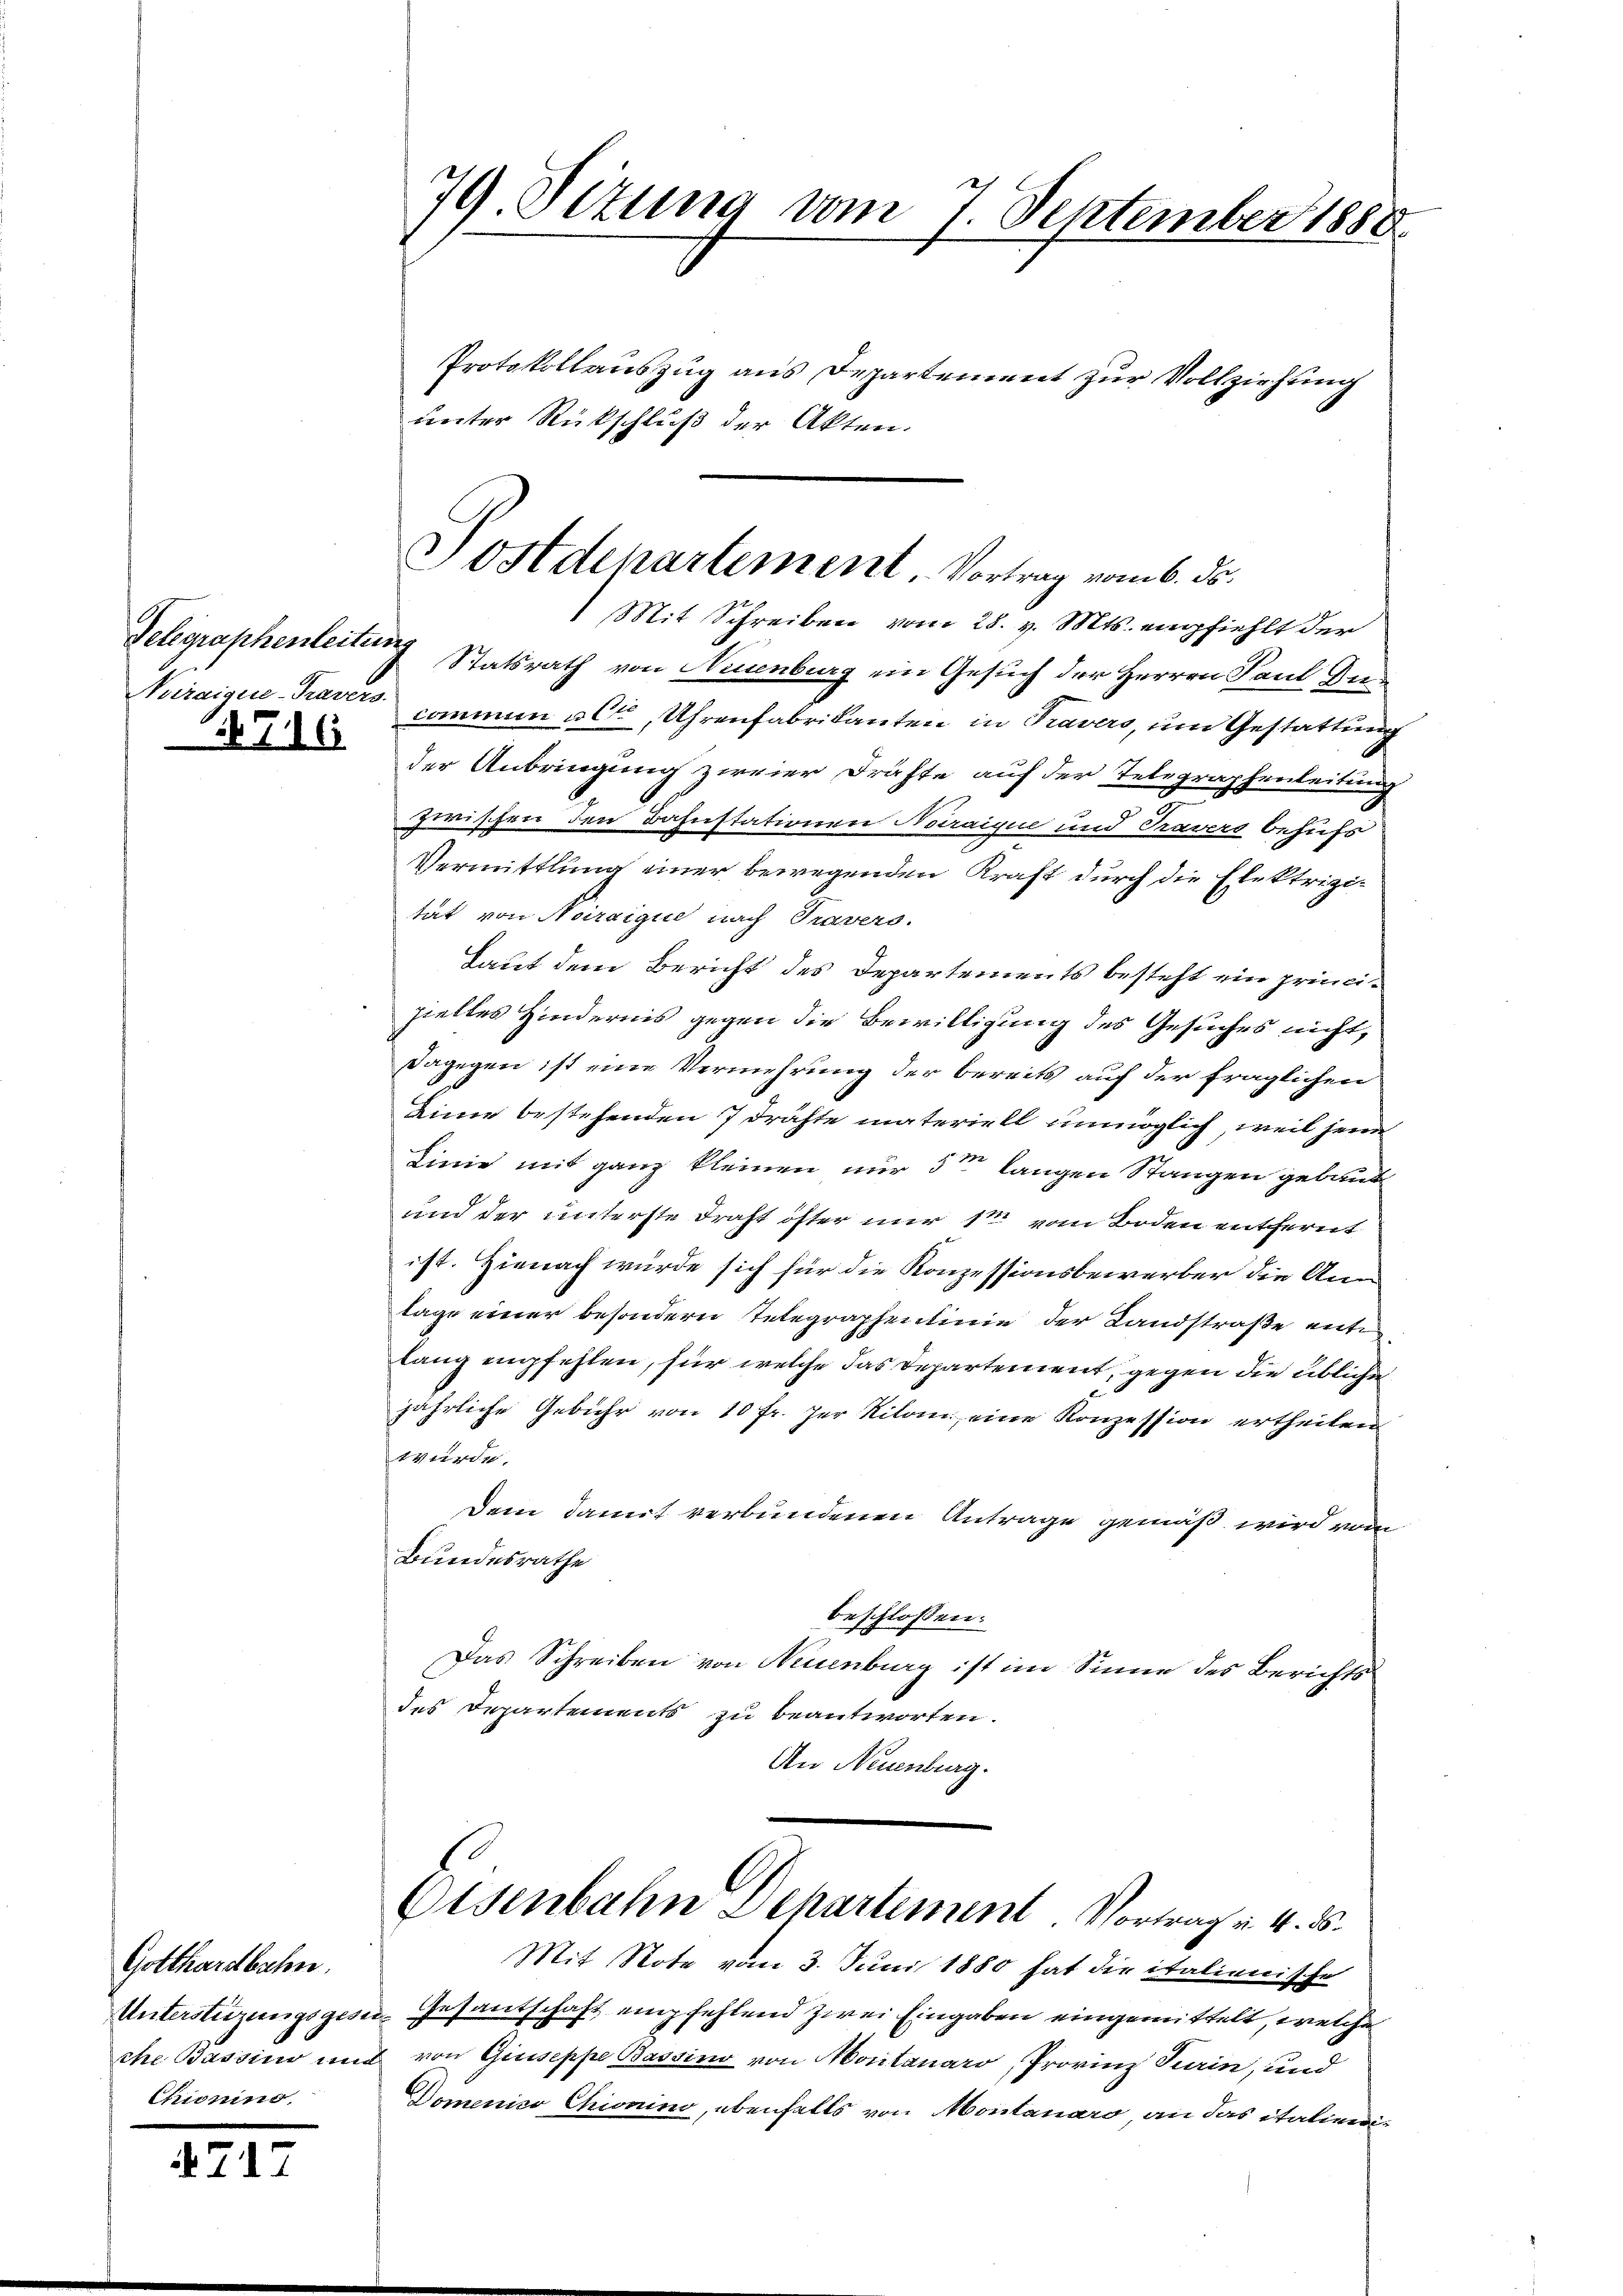
Telegraphenleitun
Kraigen-Travers

Gotthardbahn
Unterstüzungsgese
che Bassens une
Chining,

471.

476

79 Vitung vom 7. September 1888.

Protokollauszug aus Departement zur Vollziehung
unter Rückschluß der Akten.
Statsrath von Neuenburg ein Gesuch der Herren Paul An-
commen alte, Uhrenfabrikanten in Travers, um Gestattung
der Anbringung zweier Drähte auf der Telegraphenleitung
2
zwischen den Bahnstationen Naraique und Pravers behufs
Vermittlung einer bewegenden Kraft durch die Elektrizität von Narsique nach Travers.
Laut dem Bericht des Departements besteht ein principieltes Hindernis gegen die Bewilligung des Gesuches nicht,
dagegen ist eine Vermehrung der bereits auf der fraglichen
Linie bestehenden 7 Drähte materiell unmöglich, weil jene
Linie mit ganz kleinen nur 5ten langen Stangen gebaut
und der unterste Draht öfter nur 1 vom Boden entfernt
ist. Hienach würde sich für die Konzessionsbewerber die Anlage einer besondern Telegraphenlinie der Landstraße entlang empfehlen, für welche das Departement, gegen die übliche
jährliche Gebühr von 10 fr. her Kilom, eine Konzession ertheilen
Wurde.
Dem damit verbundenen Antrage gemäß wird von
Bundesrathe
beschlossen:
Das Schreiben von Neuenburg ist im Sinne des Berichts
des Departements zu beantworten.
An Neuenburg.
Eisenbahn Dehartement Vortrag v. 4. 5.
Mit Note vom 3. Juni 1880 hat die italienische
Gesantschaft empfehlend zwei Eingaben eingemittelt, welche
2 von Giuseppe Bassino von Montanaro, Provinz Turin, und
Domenico Chionino, ebenfalls von Montanaro an das italieni¬

Postdepartement, Vortrag vom 6. ds.
Mit Schreiben vom 28. v. Mts. empfiehlt der